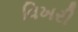
વિખરી